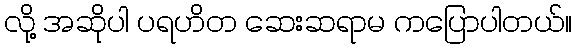
လို့ အဆိုပါ ပရဟိတ ဆေးဆရာမ ကပြောပါတယ်။